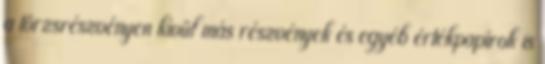
a törzsrészvényen kívül más részvények és egyéb értékpapírok is